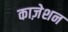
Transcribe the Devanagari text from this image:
काज़ेशन